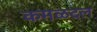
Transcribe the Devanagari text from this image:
कमळदल